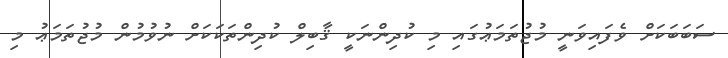
ސަބަބަކަށް ވެފައިވަނީ މުޖުތަމަޢުގައި މި ކުދިންނަކީ ޤާބިލް ކުދިންތަކަކަށް ނުވުމުން މުޖުތަމަޢު މި